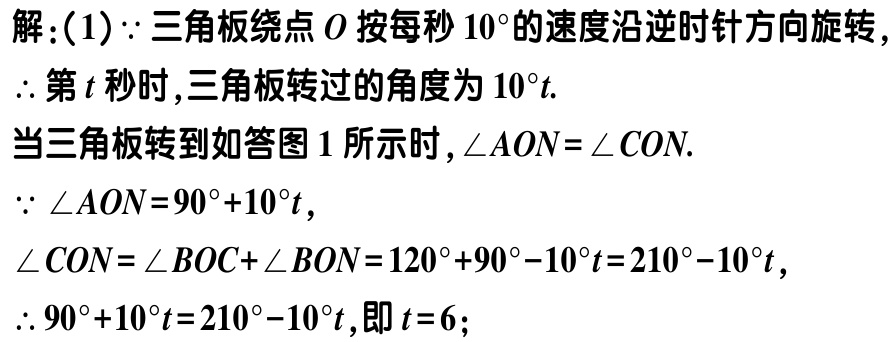
解：(1)$\because$三角板绕点$O$按每秒$10^{\circ}$的速度沿逆时针方向旋转，
$\therefore$第$t$秒时，三角板转过的角度为$10^{\circ}t$.
当三角板转到如答图1所示时，$\angle AON = \angle CON$.
$\because \angle AON=90^{\circ}+10^{\circ}t$，
$\angle CON=\angle BOC+\angle BON = 120^{\circ}+90^{\circ}-10^{\circ}t = 210^{\circ}-10^{\circ}t$，
$\therefore 90^{\circ}+10^{\circ}t=210^{\circ}-10^{\circ}t$，即$t = 6$；